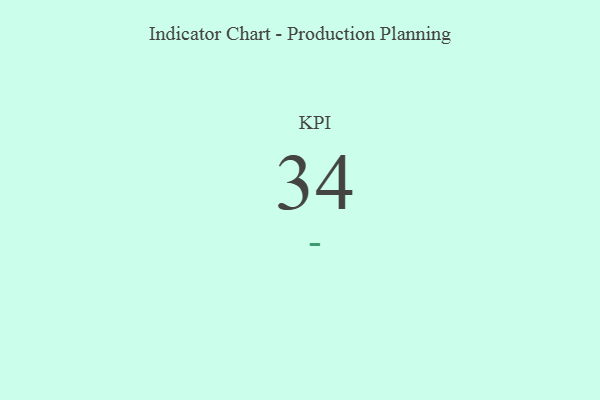
{"axis": {"x": "KPI", "y": "Value"}, "legend": [""], "data": [{"x": "KPI", "y": 34, "type": ""}]}